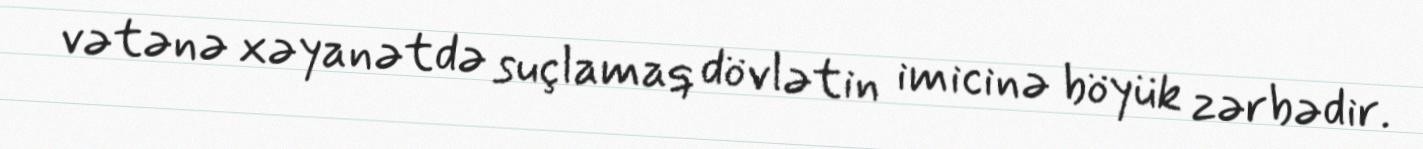
vətənə xəyanətdə suçlamaq dövlətin imicinə böyük zərbədir.